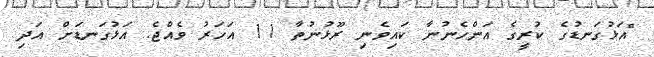
"އަޅުގަނޑުގެ ކުރީގެ އަންހެނުނާ ކައިވެނި ރޫޅުނުތާ 11 އަހަރު ވެއްޖެ. އަޅުގަނޑަށް އަދި